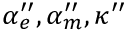
\alpha _ { e } ^ { \prime \prime } , \alpha _ { m } ^ { \prime \prime } , \kappa ^ { \prime \prime }